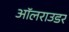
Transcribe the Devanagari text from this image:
ऑलराउडर